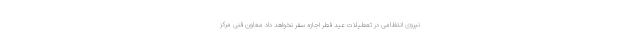
نیروی انتظامی در تعطیلات عید فطر اجازه سفر نخواهد داد معاون فنی مرکز